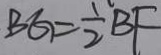
B G = \frac { 1 } { 2 } B F